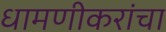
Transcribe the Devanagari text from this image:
धामणीकरांचा